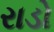
રાડો